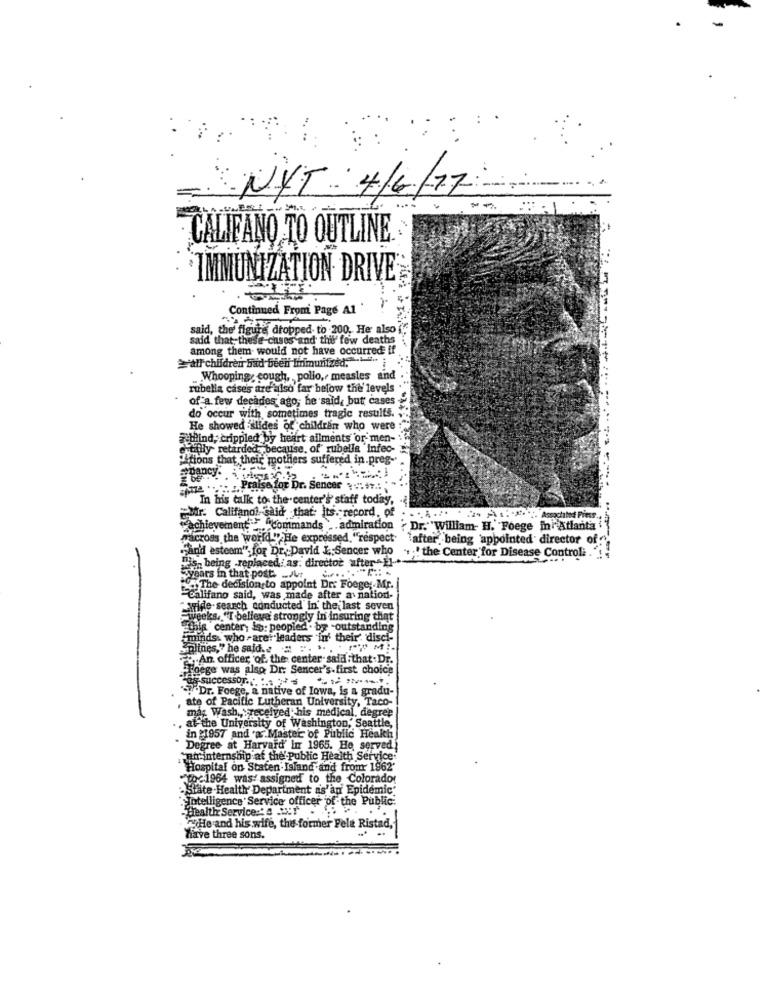
NYT: 4/4/77
--
CALIFANO TO OUTLINE.
IMMUNIZATION DRIVE
Continued From Page Al
said, the' figure dropped to 200. He also i
said that- these cases and the few deaths
among them would not have occurred if
all children had been Immunized .;
Whooping cough, , pollo, measles and .
rubella cases are also far below the levels
of a few decades ago; he said, but cases
do occur with sometimes tragic results. .
He showed slides of children who were
Mind, crippled by heart ailments or men-
tilly retarded because, of rubella Infec-
"itions that their mothers suffered in.preg-
stpancy.
Praise for Dr. Sencer .: ++ .:
"In his talk to the center's' staff today,
Mr. Califanol said that: its. record, of
wachievement ...
nt: "commands .. admiration , Dr." "William- H. "Foege in Atlanta
"across the world " He expressed, "respect"
"after being 'appointed director of
Fand esteam". for Dr. David E;Sencer who .. .! the Center for Disease Control: .:
Ws, being .replaced; as: director "after " El.
years in that post. .. Jut
The decision to appoint Dr: Foege ;. Mr.
-Califano said, was made after a nation-
pride- search conducted in the last seven
weeks. "I believe' strongly in insuring that
this center; in: peopled . by -outstanding
"minds. who -aret leaders in' their disci-
Splines," he said .. = =. ...
An officer of. the center- said that . Dr.
-Hoege was also Dr: Sencer's.first choice
"T "Dr. Foege, a native of Iowa, is a gradu-
ate of Pacific Lutheran University, Taco-
mas Wash ,, received his medical. degree
, at the University of Washington,' Seattle,
in 1957 and ar Master of Public Health
Degree at Harvard' In 1965. He served
air-internship af the' public Health Service
Hospital on Staten Island and from 1962"
Toc-1964 was: assigned to the Colorado
State Health Department as'an' Epidemic'
Totelligence Service officer of the Public.
Health Service:'S .r .
He and his wife, the former Fele Ristad,
Tiave three sons.